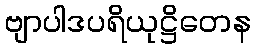
ဗျာပါဒပရိယုဋ္ဌိတေန